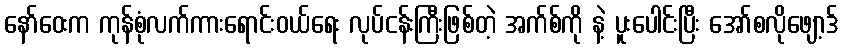
နော်ဝေးက ကုန်စုံလက်ကားရောင်းဝယ်ရေး လုပ်ငန်းကြီးဖြစ်တဲ့ အက်စ်ကို နဲ့ ပူးပေါင်းပြီး အော်စလိုဖျော့ဒ်